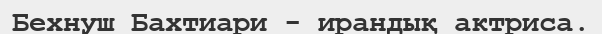
Бехнуш Бахтиари - ирандық актриса.